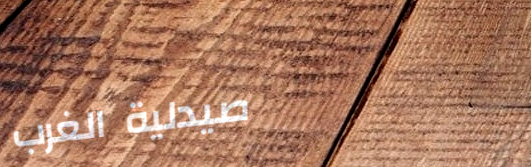
صيدلية الغرب